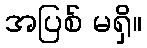
အပြစ် မရှိ။